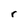
Character: r